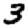
Digit: 3